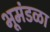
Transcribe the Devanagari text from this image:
भूमंडळा